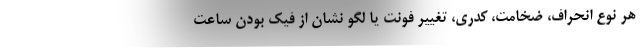
هر نوع انحراف، ضخامت، کدری، تغییر فونت یا لگو نشان از فیک بودن ساعت